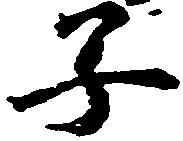
子